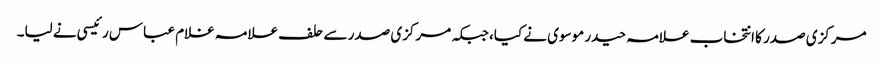
مرکزی صدر کا انتخاب علامہ حیدر موسوی نے کیا، جبکہ مرکزی صدر سے حلف علامہ غلام عباس رئیسی نے لیا۔